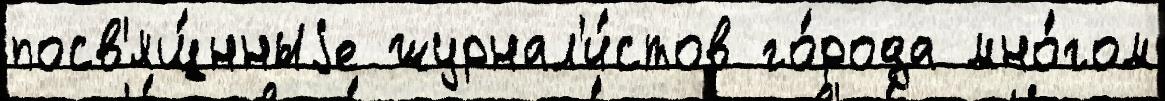
посв'ящ́нныjе журнал'и́стов го́рода мно́гом